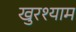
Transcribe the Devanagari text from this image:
खुरश्याम